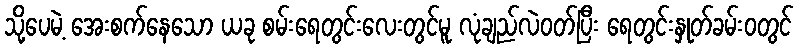
သို့ပေမဲ့ အေးစက်နေသော ယခု စမ်းရေတွင်းလေးတွင်မူ လုံချည်လဲဝတ်ပြီး ရေတွင်းနှုတ်ခမ်းဝတွင်